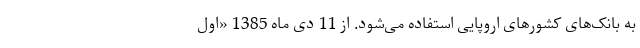
به بانک‌های کشورهای اروپایی استفاده می‌شود. از 11 دی ماه 1385 «اول